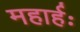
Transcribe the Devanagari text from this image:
महार्हः